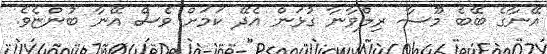
އޭނާގެ ބޭބެ މޫސާ ރިލްވާނާ ގުޅަން އެދޭ ކަަމަށް ވެސް އޭނާ ބުންޏެވެ.